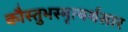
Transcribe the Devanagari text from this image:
कौस्तुभस्मृत्यर्थसार